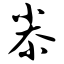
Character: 尜